Report on sanitation, dispensaries, and jails in Rajputana for 1920, and on vaccination for the year 1920-1921 - 1920-1921
Year: 1920
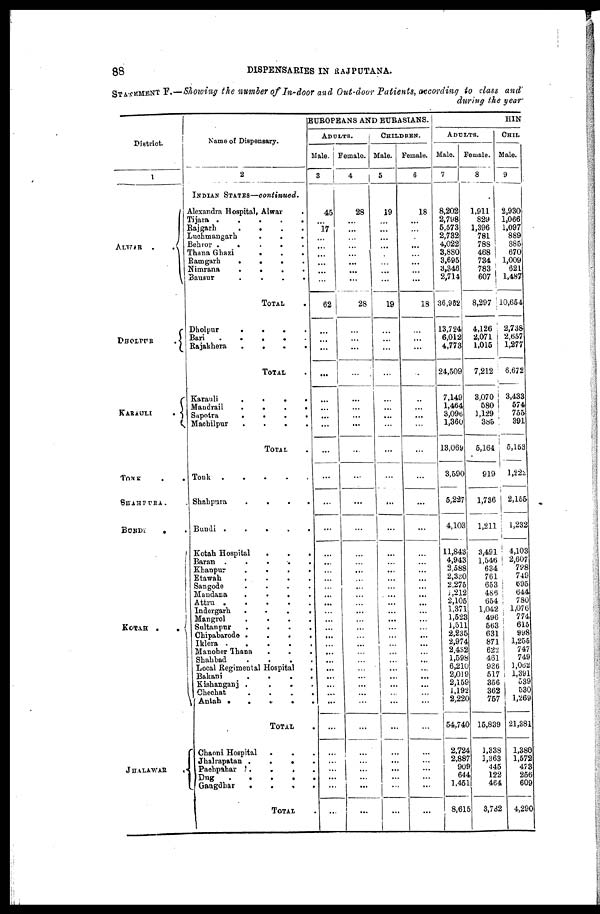
88
DISPENSARIES IN RAJPUTANA.
STATEMENT F.—Showing the number of In-door and Out-door Patients, according to class and
during the year
District.
1
ALWAR
..
DHOLPUR
.
KARAULI
.
TONK ..
SHAHPURA..
BUNDI
..
KOTAH..
JHALAWAR
.
Name of Dispensary.
2
INDIAN STATES—continued.
Alexandra Hospital, Alwar.
Tijara....
Rajgarh
.
.
.
.
Luchmangarh
...
Behror
.
.
.
.
.
Thana Ghazi
...
Ramgarh
.
.
.
.
Nimrana
.
.
.
.
Bausur
.
.
.
.
TOTAL.
Dholpur
.
.
.
.
Bari
.
.
.
.
.
Rajakhera
.
.
.
.
TOTAL .
Karauli
.
.
.
.
Mandrail
.
.
.
.
Sapotra
.
.
.
.
Machilpur
.
.
.
.
TOTAL .
Tonk
....
Shahpura
.
.
.
.
Bundi
.
.
.
.
.
Kotah Hospital
...
Baran
.
.
.
.
.
Khanpur
.
.
.
.
Etawah
.
.
.
.
Sangode
.
.
.
.
Mandana
.
.
.
.
Attru
.
.
.
.
.
Indergarh
.
.
.
.
Mangrol
.
.
.
.
Sultanpur
.
.
.
.
Chipabarode
.
.
.
.
Iklera
.
.
.
.
.
Manoher Thana
...
Shahbad
.
.
.
.
Local Regimental Hospital.
Bakani
.
.
.
.
Kishanganj
.
.
.
.
Chechat
.
.
.
.
Antah
.
.
.
.
.
TOTAL .
Chaoni Hospital...
Jhalrapatan
.
.
.
.
Pachpahar
....
Dng
.....
Gangdhar
.
.
.
.
TOTAL .
EUROPEANS AND EURASIANS.
ADULTS.
Male.
3
45
...
17
...
...
...
...
...
...
62
...
...
...
...
...
...
...
...
...
...
...
...
...
...
...
...
...
...
...
...
...
...
...
...
...
...
...
...
...
...
...
...
...
...
...
...
...
...
Female.
4
28
...
...
...
...
...
...
...
...
28
...
...
...
...
...
...
...
...
...
...
...
...
...
...
...
...
...
...
...
...
...
...
...
...
...
...
...
...
...
...
...
...
...
...
...
...
...
...
CHILDREN.
Male.
5
19
...
...
...
...
...
...
...
...
19
...
...
...
...
...
...
...
...
...
...
...
...
...
...
...
...
...
...
...
...
...
...
...
...
...
...
...
...
...
...
...
...
...
...
...
...
...
...
Female.
6
18
...
...
...
...
...
...
...
...
18
...
...
...
...
...
...
...
...
...
...
...
...
...
...
...
...
...
...
...
...
...
...
...
...
...
...
...
...
...
...
...
...
...
...
...
...
...
...
HIN
ADULTS.
Male.
7
8,202
2,798
5,573
2,732
4,022
3,880
3,695
3,346
2,714
36,982
13,724
6,012
4,773
24,509
7,149
1,464
3,096
1,360
13,069
3,590
5,227
4,103
11,843
4,943
2,588
2,330
2,275
1,212
2,105
1,371
1,523
1,511
2,235
2,974
2,432
1,598
6,210
2,019
2,159
1,192
2,220
54,740
2,724
2,887
909
644
1,451
8,615
Female.
8
1,911
829
1,396
781
788
468
734
783
607
8,297
4,126
2,071
1,015
7,212
3,070
580
1,129
385
5,164
919
1,736
1,211
3,491
1,546
634
761
653
486
654
1,042
496
563
631
871
622
461
936
517
356
362
757
15,839
1,338
1,363
445
122
464
3,732
CHIL
Male.
9
2,930
1,066
1,097
889
885
670
1,009
621
1,487
10,654
2,738
2,657
1,277
6,672
3,433
574
755
391
5,153
l,222
2,155
1,232
4,103
2,607
798
749
695
644
780
1,076
774
615
998
1,255
747
749
1,062
1,391
539
530
1,269
21,381
1,380
1,572
473
256
609
4,290